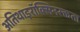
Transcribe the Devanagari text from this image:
अतिथाइरॉक्सिनरक्तता